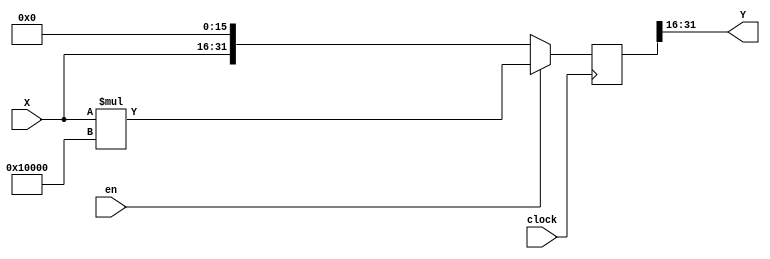
/****************************************
______________                ______________
______________ \  /\  /|\  /| ______________
______________  \/  \/ | \/ | ______________
--Module Name:  collect_cos.v
--Project Name: cordic
--Data modified: 2015-09-21 14:35:34 +0800
--author:Young-
--E-mail: wmy367@Gmail.com
****************************************/
`timescale 1ns/1ps
module collect_cos #(
	parameter		DSIZE	= 16,
	parameter		SEL		= 16
)(
	input				clock	,
	input				en		,
	input [DSIZE-1:0]	X		,
	output[DSIZE-1:0]	Y
);

localparam		CSIZE	= DSIZE;


localparam		COS_45_000		=  0.7071 * 2**CSIZE,      
                COS_26_565      =  0.8944 * 2**CSIZE,
                COS_14_036      =  0.9701 * 2**CSIZE,
                COS_7_1250      =  0.9923 * 2**CSIZE,
                COS_3_5763      =  0.9981 * 2**CSIZE,
                COS_1_7899      =  0.9995 * 2**CSIZE,
                COS_0_8952      =  0.9999 * 2**CSIZE,
                COS_0_4476      =  1.0000 * 2**CSIZE,
                COS_0_2238      =  1.0000 * 2**CSIZE,
                COS_0_1119      =  1.0000 * 2**CSIZE,
                COS_0_0560      =  1.0000 * 2**CSIZE,
                COS_0_0280      =  1.0000 * 2**CSIZE,
                COS_0_0140      =  1.0000 * 2**CSIZE,
                COS_0_0070      =  1.0000 * 2**CSIZE,
                COS_0_0035      =  1.0000 * 2**CSIZE,
                COS_0_0017      =  1.0000 * 2**CSIZE,
	            COS_0_0009	    =  1.0000 * 2**CSIZE;


wire [CSIZE:0]	cos_cf [16:0]	;

assign	cos_cf[ 0]	= COS_45_000		;
assign	cos_cf[ 1]	= COS_26_565		;
assign	cos_cf[ 2]	= COS_14_036		;
assign	cos_cf[ 3]	= COS_7_1250		;
assign	cos_cf[ 4]	= COS_3_5763		;
assign	cos_cf[ 5]	= COS_1_7899		;
assign	cos_cf[ 6]	= COS_0_8952		;
assign	cos_cf[ 7]	= COS_0_4476		;
assign	cos_cf[ 8]	= COS_0_2238		;
assign	cos_cf[ 9]	= COS_0_1119		;
assign	cos_cf[10]	= COS_0_0560		;
assign	cos_cf[11]	= COS_0_0280		;
assign	cos_cf[12]	= COS_0_0140		;
assign	cos_cf[13]	= COS_0_0070		;
assign	cos_cf[14]	= COS_0_0035		;
assign	cos_cf[15]	= COS_0_0017		;
assign	cos_cf[16]	= COS_0_0009		;

localparam [4:0]	SM = (SEL > 16)? 16 : SEL; 


reg [DSIZE+CSIZE-1:0]		mul_data;

always@(posedge clock)
	case(SM)
	5'd0	: mul_data	<= en? X * cos_cf[ 0]	: X << CSIZE ;
	5'd1    : mul_data	<= en? X * cos_cf[ 1]   : X << CSIZE ;
    5'd2    : mul_data	<= en? X * cos_cf[ 2]   : X << CSIZE ;
    5'd3    : mul_data	<= en? X * cos_cf[ 3]   : X << CSIZE ;
    5'd4    : mul_data	<= en? X * cos_cf[ 4]   : X << CSIZE ;
    5'd5    : mul_data	<= en? X * cos_cf[ 5]   : X << CSIZE ;
    5'd6    : mul_data	<= en? X * cos_cf[ 6]   : X << CSIZE ;
    5'd7    : mul_data	<= en? X * cos_cf[ 7]   : X << CSIZE ;
    5'd8    : mul_data	<= en? X * cos_cf[ 8]   : X << CSIZE ;
    5'd9    : mul_data	<= en? X * cos_cf[ 9]   : X << CSIZE ;
    5'd10   : mul_data	<= en? X * cos_cf[10]   : X << CSIZE ;
    5'd11   : mul_data	<= en? X * cos_cf[11]   : X << CSIZE ;
    5'd12   : mul_data	<= en? X * cos_cf[12]   : X << CSIZE ;
    5'd13   : mul_data	<= en? X * cos_cf[13]   : X << CSIZE ;
    5'd14   : mul_data	<= en? X * cos_cf[14]   : X << CSIZE ;
	5'd15   : mul_data	<= en? X * cos_cf[15]   : X << CSIZE ;
	5'd16   : mul_data	<= en? X * cos_cf[16]   : X << CSIZE ;  
	default : mul_data	<= X << DSIZE;
	endcase


assign	Y = mul_data[CSIZE+DSIZE-1-:DSIZE];


endmodule